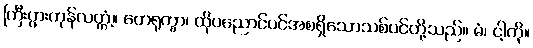
ကြီးပွားကုန်လတ္တံ့။ တေရုက္ခာ၊ ထိုပညောင်ပင်အစရှိသောသစ်ပင်တို့သည်။ မံ၊ ငါ့ကို။